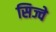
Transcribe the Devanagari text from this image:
सिज्वे